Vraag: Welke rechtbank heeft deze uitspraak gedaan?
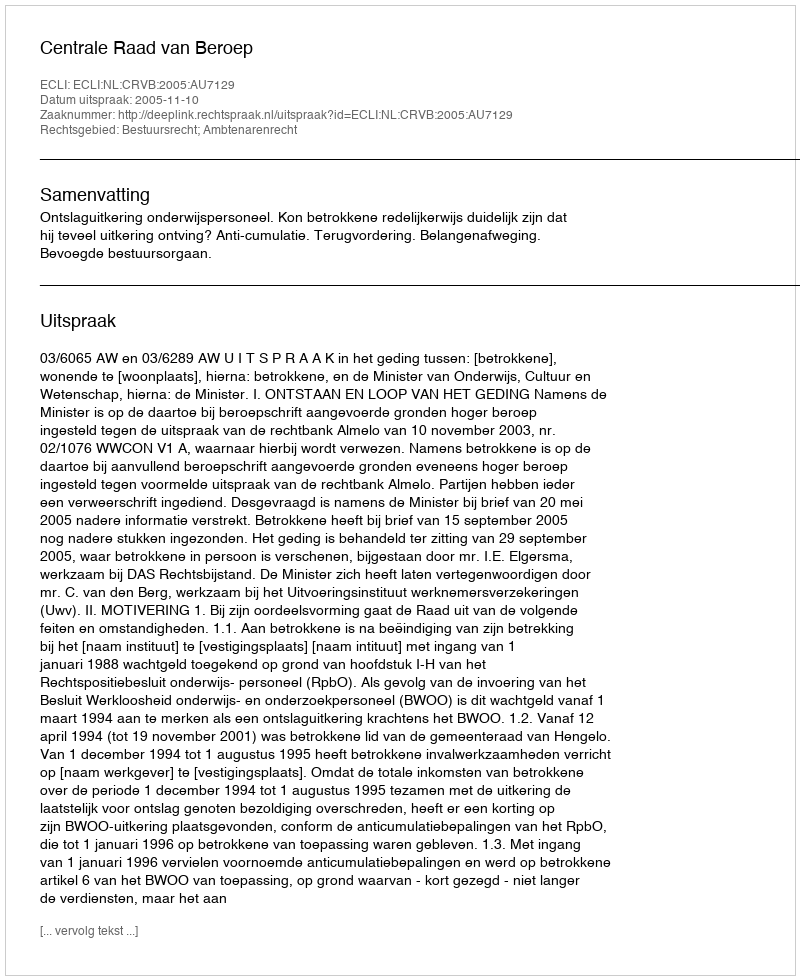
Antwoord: Centrale Raad van Beroep